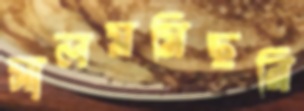
সালমমিছরি